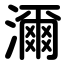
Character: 濔